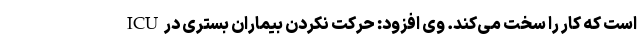
است که کار را سخت می‌کند. وی افزود: حرکت نکردن بیماران بستری در ICU